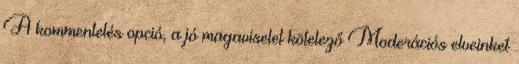
A kommentelés opció, a jó magaviselet kötelező Moderációs elveinket